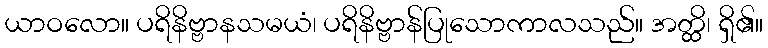
ယာဝလော။ ပရိနိဗ္ဗာနသမယံ၊ ပရိနိဗ္ဗာန်ပြုသောကာလသည်။ အတ္ထိ၊ ရှိ၏။